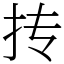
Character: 抟